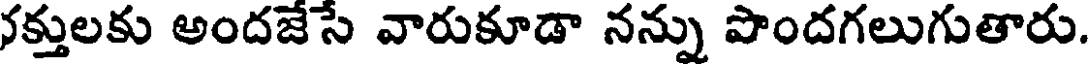
నక్తులకు అందజేసే వారుకూడా నన్ను పొందగలుగుతారు.